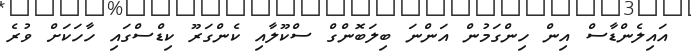
އައިލެންޑާސް އިން ހިންގަމުން އަންނަ ބިލަބޮންގް ސްކޫލާއި ކެންގަރޫ ކިޑްސްގައި ހާހަކަށް ވުރެ